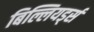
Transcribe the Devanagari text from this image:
बिल्लियर्ड्स